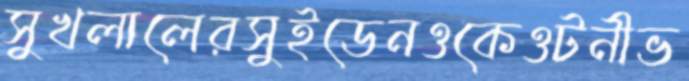
সুখলালেরসুইডেনওকেওটনীভ